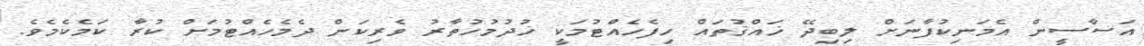
އަސާސީން އެމަނިކުފާނަށް ލިބިދޭ ޚައްޤުތައް ހިފެހެއްޓުމަކީ ޚުދުމުހުތާރު ވެރިކަން ދެމެހެއްޓުމަށް ކުރާ ކަމެކެމެވެ.